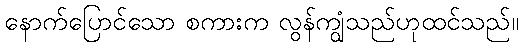
နောက်ပြောင်သော စကားက လွန်ကျွံသည်ဟုထင်သည်။